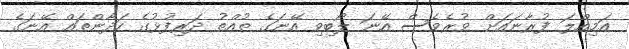
އަމިއްލަ ފުރާނައަށް ވުރެވެސް އޭނަ ލޯބިވި އޭނަގެ ތުއްތު ދަރިފުޅުގެ ހަދާންތައް އޭނަގެ